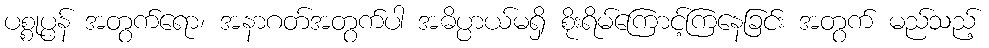
ပစ္စုပ္ပန် အတွက်ရော၊ အနာဂတ်အတွက်ပါ အဓိပ္ပာယ်မရှိ စိုးရိမ်ကြောင့်ကြနေခြင်း အတွက် မည်သည့်